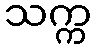
သက္က